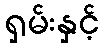
ရှမ်းနှင့်